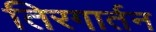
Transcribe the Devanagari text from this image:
तिरगार्तन